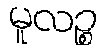
မူလဉ္စ